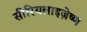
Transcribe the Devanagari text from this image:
सीरियलाइज़ेष्ण